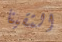
التقينا